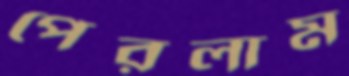
পেরলাম